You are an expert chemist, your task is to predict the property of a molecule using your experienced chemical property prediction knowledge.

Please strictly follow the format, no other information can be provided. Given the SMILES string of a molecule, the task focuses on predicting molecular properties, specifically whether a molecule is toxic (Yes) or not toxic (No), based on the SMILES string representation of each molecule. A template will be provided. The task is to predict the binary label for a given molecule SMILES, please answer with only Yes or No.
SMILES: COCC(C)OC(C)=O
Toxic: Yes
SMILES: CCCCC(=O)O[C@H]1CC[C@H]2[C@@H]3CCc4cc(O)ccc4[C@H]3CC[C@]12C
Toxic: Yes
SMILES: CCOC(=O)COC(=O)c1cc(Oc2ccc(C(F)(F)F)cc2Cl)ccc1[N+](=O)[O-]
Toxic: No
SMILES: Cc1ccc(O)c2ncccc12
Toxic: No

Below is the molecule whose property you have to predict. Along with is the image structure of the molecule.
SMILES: CC(C)C[C@@H](N)C(=O)O
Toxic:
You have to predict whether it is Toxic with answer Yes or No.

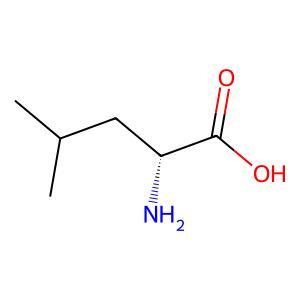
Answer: No